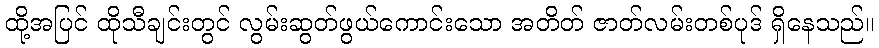
ထို့အပြင် ထိုသီချင်းတွင် လွမ်းဆွတ်ဖွယ်ကောင်းသော အတိတ် ဇာတ်လမ်းတစ်ပုဒ် ရှိနေသည်။